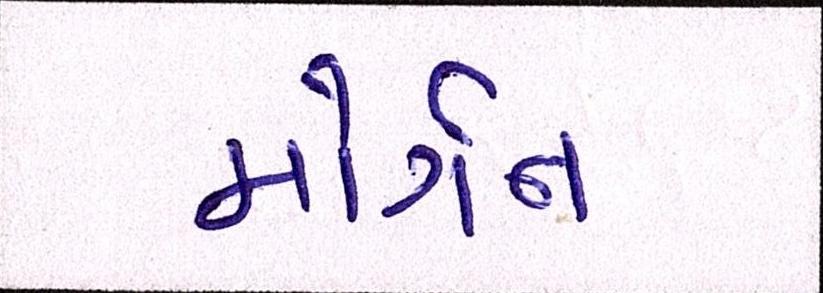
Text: મોર્ગન